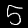
Digit: 5